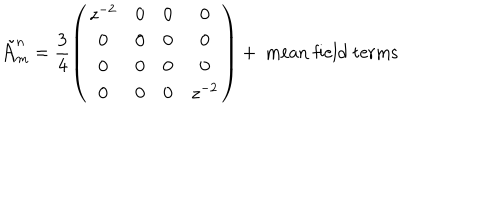
\tilde { \cal A } _ { m } ^ { n } = \frac { 3 } { 4 } \left( \begin{array} { c c c c } { { z ^ { - 2 } } } & { { 0 } } & { { 0 } } & { { 0 } } \\ { { 0 } } & { { 0 } } & { { 0 } } & { { 0 } } \\ { { 0 } } & { { 0 } } & { { 0 } } & { { 0 } } \\ { { 0 } } & { { 0 } } & { { 0 } } & { { z ^ { - 2 } } } \\ \end{array} \right) + \mathrm { ~ m e a n ~ f i e l d ~ t e r m s }